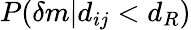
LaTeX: P(\delta m\vert d_{ij}<d_{R})